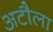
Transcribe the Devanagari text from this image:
अटौला